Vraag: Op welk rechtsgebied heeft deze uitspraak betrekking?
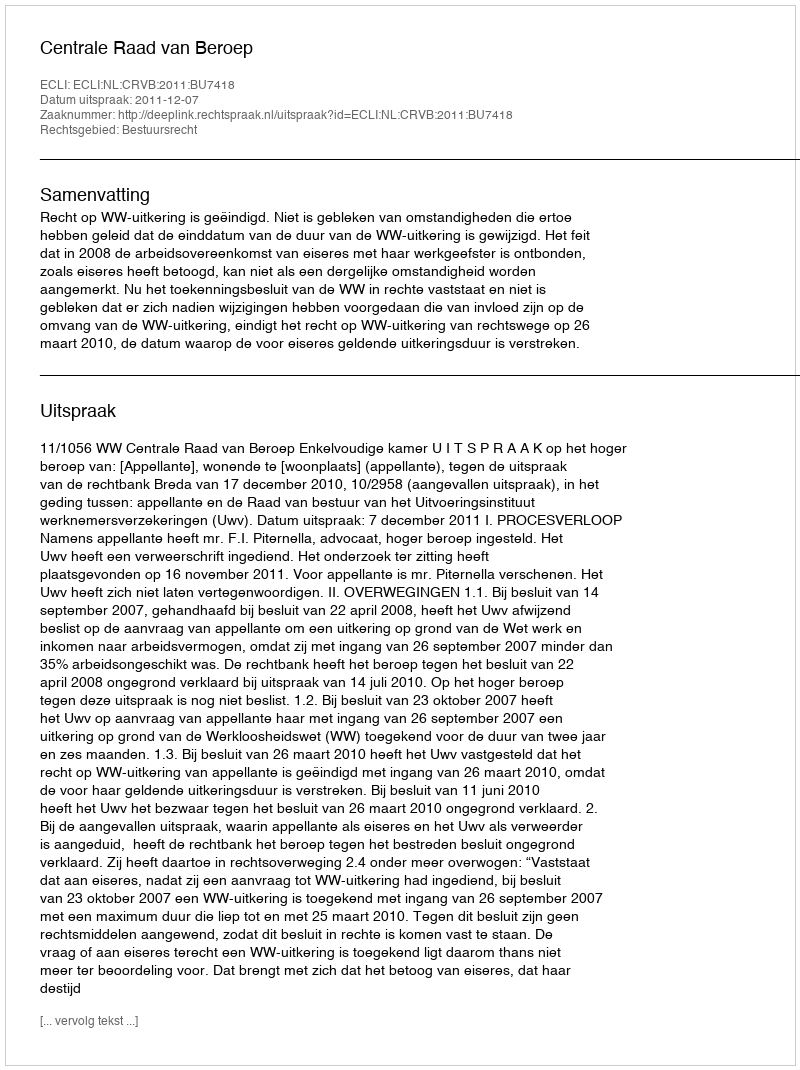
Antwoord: Bestuursrecht